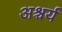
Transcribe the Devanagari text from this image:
अश्चर्य